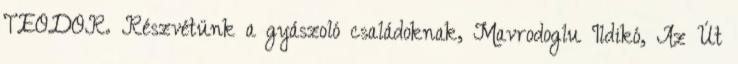
TEODOR. Részvétünk a gyászoló családoknak, Mavrodoglu Ildikó, Az Út